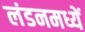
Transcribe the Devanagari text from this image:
लंडनमध्यें